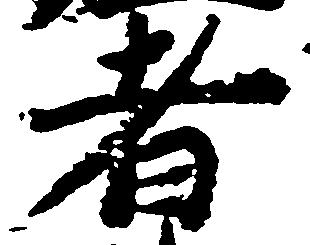
者